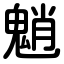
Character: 魈